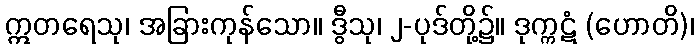
ဣတရေသု၊ အခြားကုန်သော။ ဒွီသု၊ ၂-ပုဒ်တို့၌။ ဒုက္ကဋံ (ဟောတိ)၊